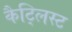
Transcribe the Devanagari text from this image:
कैट्लिस्ट